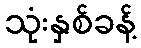
သုံးနှစ်ခန့်